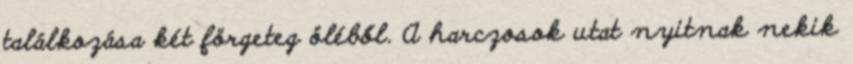
találkozása két förgeteg öléből. A harczosok utat nyitnak nekik